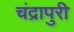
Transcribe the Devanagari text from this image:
चंद्रापुरी